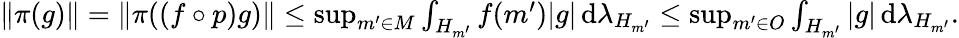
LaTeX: \begin{array}{r}{\| \pi(g)\| =\| \pi((f\circ p)g)\| \leq\operatorname*{sup}_{m^{\prime}\in M}\int_{H_{m^{\prime}}}f(m^{\prime})|g|\, \mathrm{d}\lambda_{H_{m^{\prime}}}\leq\operatorname*{sup}_{m^{\prime}\in O}\int_{H_{m^{\prime}}}|g|\, \mathrm{d}\lambda_{H_{m^{\prime}}}.}\end{array}